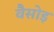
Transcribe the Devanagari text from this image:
वैसोइ